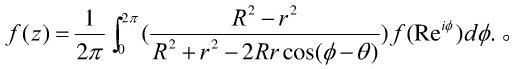
\[
f(z)=\frac{1}{2\pi}\int_{0}^{2\pi}\frac{R^{2}-r^{2}}{R^{2}+r^{2}-2Rr\cos(\phi-\theta)}f(Re^{i\phi})d\phi.
\]